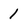
Character: 1